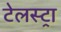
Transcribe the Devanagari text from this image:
टेलस्ट्रा